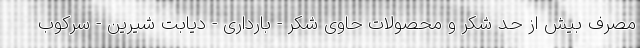
مصرف بیش از حد شکر و محصولات حاوی شکر - بارداری - دیابت شیرین - سرکوب